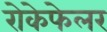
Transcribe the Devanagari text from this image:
रोकेफेलर